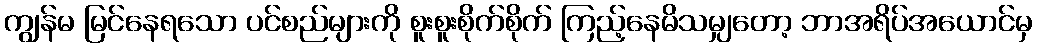
ကျွန်မ မြင်နေရသော ပင်စည်များကို စူးစူးစိုက်စိုက် ကြည့်နေမိသမျှတော့ ဘာအရိပ်အယောင်မှ